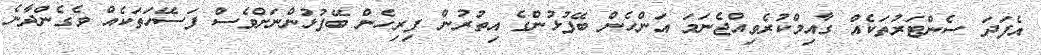
އެފަދަ ސެންޓަރުތަކެއް ގާއިމްކުރެވިއްޖެނަމަ އަންހެން ބޭފުޅުންގެ އިތުރުން ފިރިހެން ބޭފުޅުންނަށްވެސް ފަސޭހަތަކެއް ވެގެންދާނެ